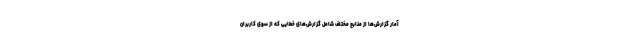
آمار گزارش‌ها از منابع مختلف شامل گزارش‌های خطایی که از سوی کاربران